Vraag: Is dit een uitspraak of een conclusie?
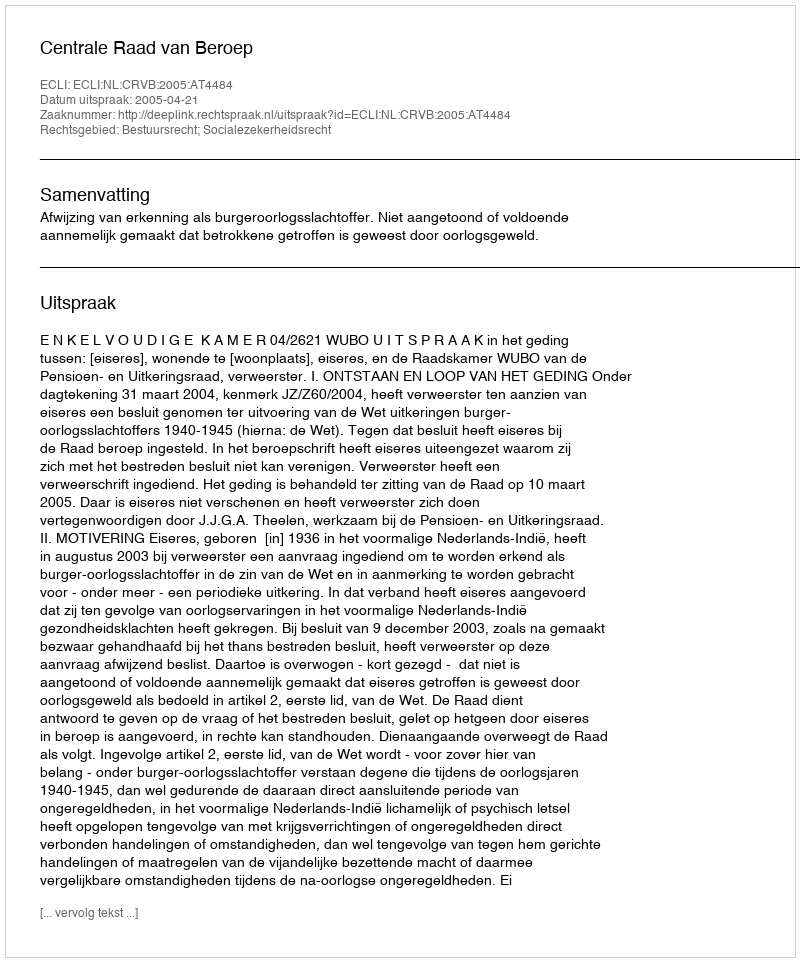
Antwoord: Uitspraak